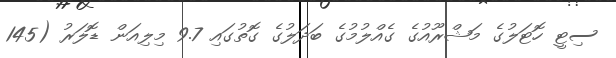
ސިޓީ ހޮޓަލުގެ މަޝްރޫއުގެ ގެއްލުމުގެ ބަދަލުގެ ގޮތުގައި 9.7 މިލިއަން ޑޮލަރު (145